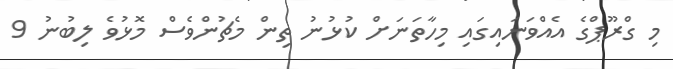
މި ގްރޫޕްގެ އެއްވަނައިގައި މިހާތަނަށް ކުޅުނު ތިން މެޗުންވެސް މޮޅުވެ ލިބުނު 9